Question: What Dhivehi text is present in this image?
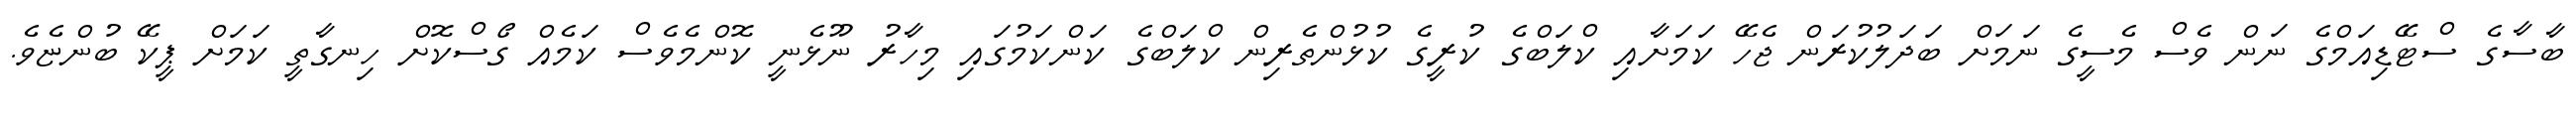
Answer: ބާސާގެ ސްޓޭޑިއަމްގެ ނަން ވެސް މެސީގެ ނަމަށް ބަދަލުކުރަން ޖެހޭ ކަމަށާއި ކްލަބްގެ ކުރީގެ ކުޅުންތެރިން ކްލަބްގެ ކަންކަމުގައި މިހާރު ނޫޅެނީ ކޮންމެވެސް ކަމެއް ގޯސްކޮށް ހިނގާތީ ކަމަށް ޕީކޭ ބުންޏެވެ.